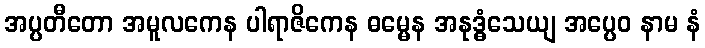
အပ္ပတီတော အမူလကေန ပါရာဇိကေန ဓမ္မေန အနုဒ္ဓံသေယျ အပ္ပေဝ နာမ နံ